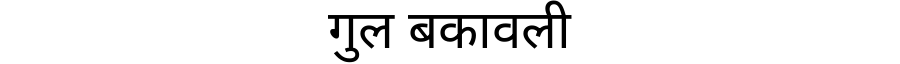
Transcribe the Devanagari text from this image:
गुल बकावली